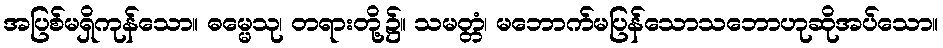
အပြစ်မရှိကုန်သော။ ဓမ္မေသု၊ တရားတို့၌။ သမတ္တံ၊ မဘောက်မပြန်သောသဘောဟုဆိုအပ်သော။